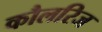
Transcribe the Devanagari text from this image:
कौलरिज